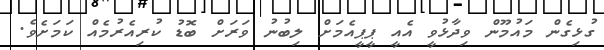
ގުޅިގެން މައުމޫން ވިދާޅުވީ އެއީ ޕީޕީއެމަށް ލިބުނު ވަރަށް ބޮޑު ކުރިއެރުމެއް ކަމަށެވެ.